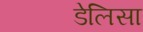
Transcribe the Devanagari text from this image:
डेलिसा